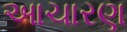
આચારણ